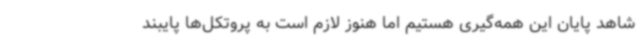
شاهد پایان این همه‌گیری هستیم اما هنوز لازم است به پروتکل‌ها پایبند